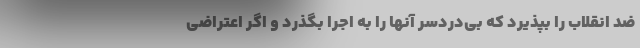
ضد انقلاب را بپذیرد که بی‌دردسر آنها را به اجرا بگذرد و اگر اعتراضی